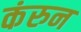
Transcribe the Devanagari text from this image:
कंरुन